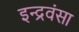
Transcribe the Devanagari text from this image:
इन्द्रवंसा